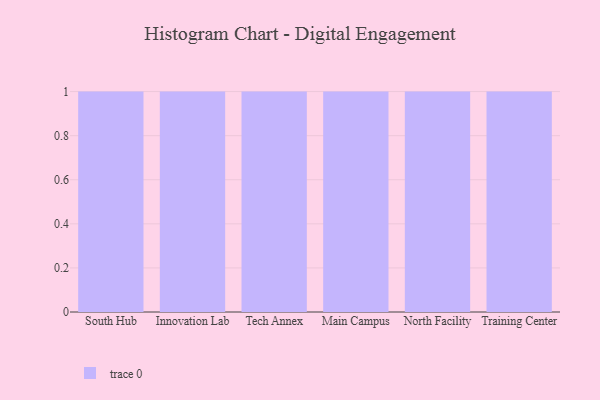
{"axis": {"x": "Campus", "y": "LTV (USD)"}, "legend": [""], "data": [{"x": "South Hub", "y": 20, "type": ""}, {"x": "Innovation Lab", "y": 60, "type": ""}, {"x": "Tech Annex", "y": 38, "type": ""}, {"x": "Main Campus", "y": 53, "type": ""}, {"x": "North Facility", "y": 78, "type": ""}, {"x": "Training Center", "y": 22, "type": ""}]}